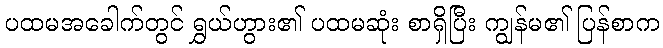
ပထမအခေါက်တွင် ရွှယ်ဟွား၏ ပထမဆုံး စာရှိပြီး ကျွန်မ၏ ပြန်စာက